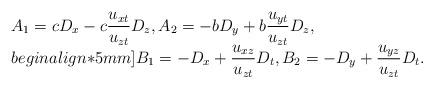
LaTeX: \begin{align*}\begin{array}{l}A_1=c D_x-c \displaystyle\frac{u_{xt}}{u_{zt}}D_z,A_2=-b D_y+b \displaystyle\frac{u_{yt}}{u_{zt}}D_z,\\begin{align*}5mm]B_1= -D_x+\displaystyle\frac{u_{xz}}{u_{zt}}D_t,B_2= -D_y+\displaystyle\frac{u_{yz}}{u_{zt}}D_t.\end{array}\end{align*}